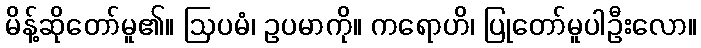
မိန့်ဆိုတော်မူ၏။ ဩပမံ၊ ဥပမာကို။ ကရောဟိ၊ ပြုတော်မူပါဦးလော။